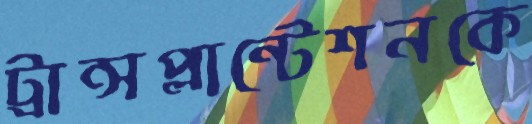
ট্রান্সপ্লান্টেশনকে